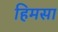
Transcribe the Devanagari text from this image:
हिमसा